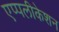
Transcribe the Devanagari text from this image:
एप्पलीकेशन